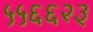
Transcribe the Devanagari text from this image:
५५६६२३